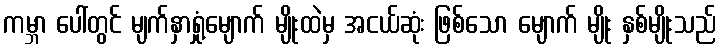
ကမ္ဘာ ပေါ်တွင် မျက်နှာရှုံ့မျောက် မျိုးထဲမှ အငယ်ဆုံး ဖြစ်သော မျောက် မျိုး နှစ်မျိုးသည်